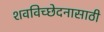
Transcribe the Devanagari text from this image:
शवविच्छेदनासाठी